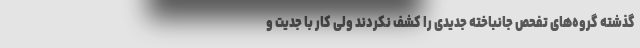
گذشته گروه‌های تفحص جانباخته جدیدی را کشف نکردند ولی کار با جدیت و